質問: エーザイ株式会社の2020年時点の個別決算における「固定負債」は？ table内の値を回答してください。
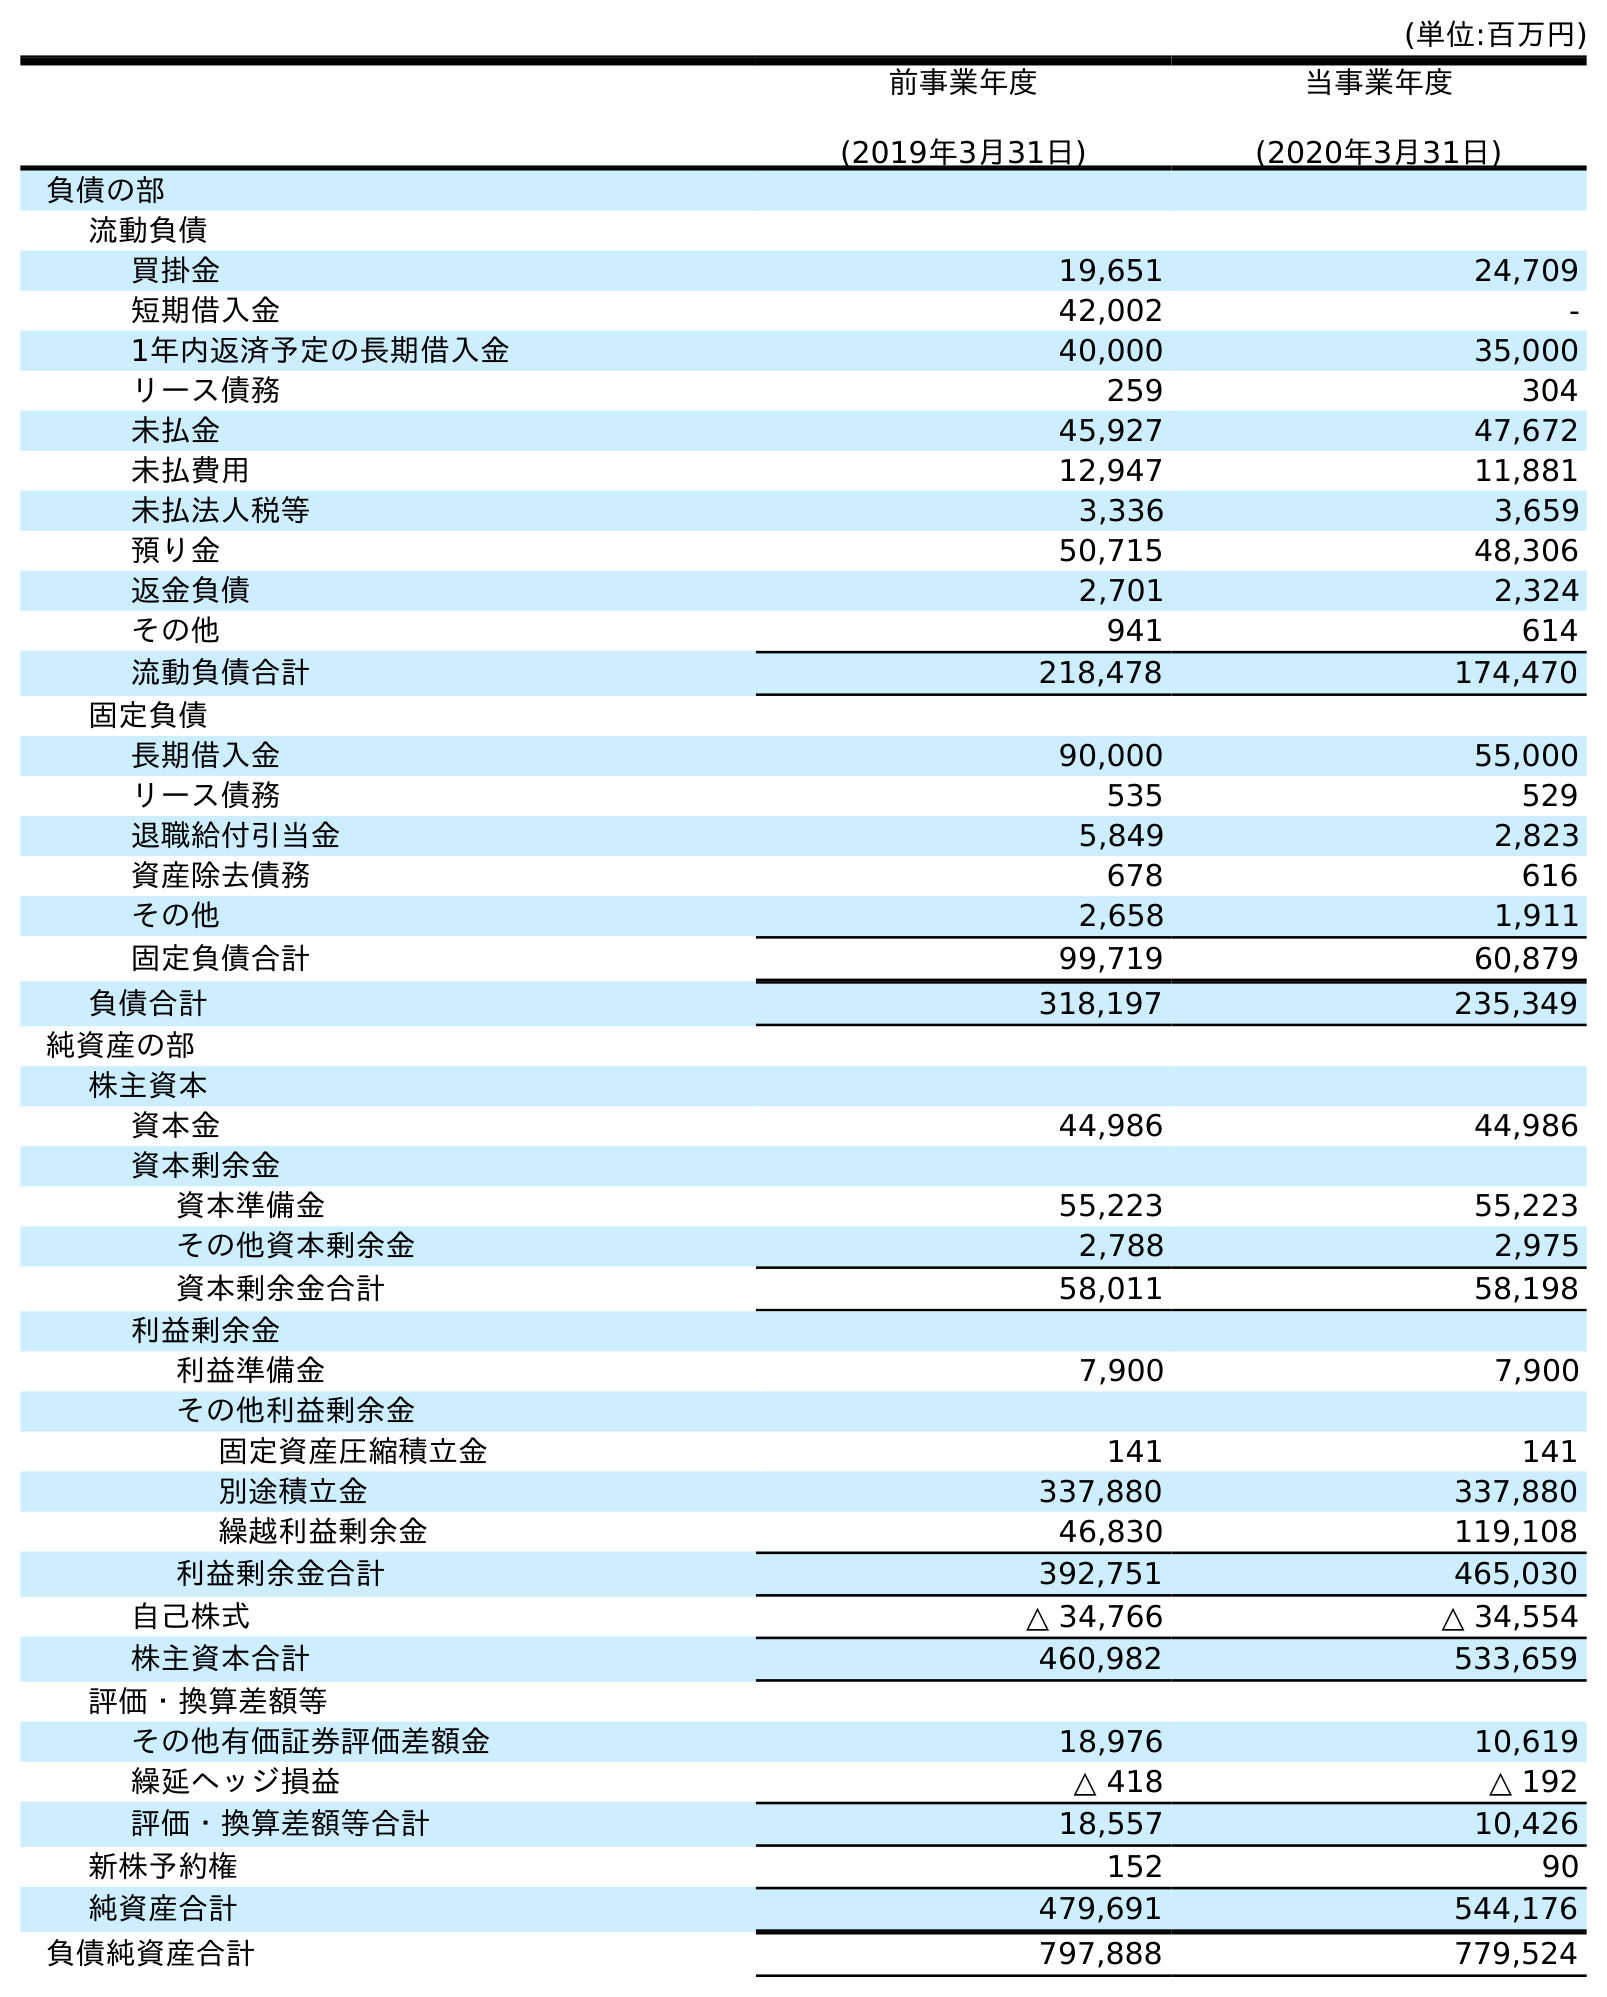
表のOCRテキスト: (単位:百万円) 前事業年度 (2019年3月31日) 当事業年度 (2020年3月31日) 負債の部 流動負債 買掛金 19,651 24,709 短期借入金 42,002 - 1年内返済予定の長期借入金 40,000 35,000 リース債務 259 304 未払金 45,927 47,672 未払費用 12,947 11,881 未払法人税等 3,336 3,659 預り金 50,715 48,306 返金負債 2,701 2,324 その他 941 614 流動負債合計 218,478 174,470 固定負債 長期借入金 90,000 55,000 リース債務 535 529 退職給付引当金 5,849 2,823 資産除去債務 678 616 その他 2,658 1,911 固定負債合計 99,719 60,879 負債合計 318,197 235,349 純資産の部 株主資本 資本金 44,986 44,986 資本剰余金 資本準備金 55,223 55,223 その他資本剰余金 2,788 2,975 資本剰余金合計 58,011 58,198 利益剰余金 利益準備金 7,900 7,900 その他利益剰余金 固定資産圧縮積立金 141 141 別途積立金 337,880 337,880 繰越利益剰余金 46,830 119,108 利益剰余金合計 392,751 465,030 自己株式 △ 34,766 △ 34,554 株主資本合計 460,982 533,659 評価・換算差額等 その他有価証券評価差額金 18,976 10,619 繰延ヘッジ損益 △ 418 △ 192 評価・換算差額等合計 18,557 10,426 新株予約権 152 90 純資産合計 479,691 544,176 負債純資産合計 797,888 779,524
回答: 60,879